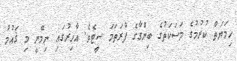
ހިމަޔަތް ކުރުމުގެ މަސަކަތުގެ ބިންގާގެ ފުރަތަމަ ސީޓެވެ. އާހިރުގައި ނިމޭނީ މި ޤައުމު